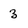
Character: 3